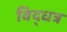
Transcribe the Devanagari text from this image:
विद्धत्र